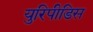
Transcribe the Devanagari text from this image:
युरिपीडिस